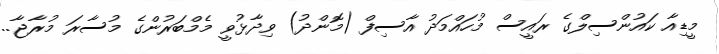
މީޑިއާ ކައުންސިލްގެ ރައީސް މުހައްމަދު އާސިފް (މޮންދު) ވިދާޅުވީ މެމްބަރުންގެ މުސާރަ މުރާޖާ..